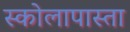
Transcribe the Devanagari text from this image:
स्कोलापास्ता